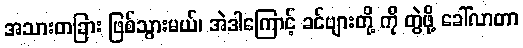
အသားတခြား ဖြစ်သွားမယ်၊ အဲဒါကြောင့် ခင်ဗျားတို့ ကို တွဲဖို့ ခေါ်လာတာ